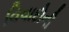
વિવાદોની